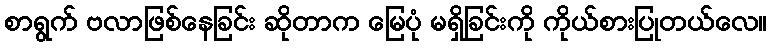
စာရွက် ဗလာဖြစ်နေခြင်း ဆိုတာက မြေပုံ မရှိခြင်းကို ကိုယ်စားပြုတယ်လေ။